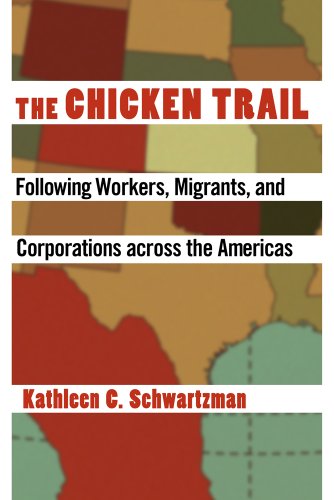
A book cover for The Chicken Trail: Following Workers, Migrants, and Corporations across the Americas; Kathleen C. Schwartzman; Business & Money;